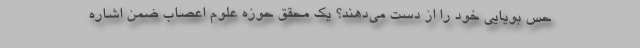
حس بویایی خود را از دست می‌دهند؟ یک محقق حوزه علوم اعصاب ضمن اشاره